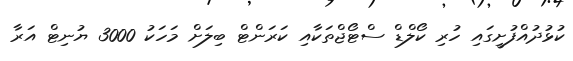
ކުޅުދުއްފުށީގައި ހުރި ކޯލްޑް ސްޓޯޖްތަކާއި ކަރަންޓް ބިލަށް މަހަކު 3000 ޔުނިޓް އަރާ